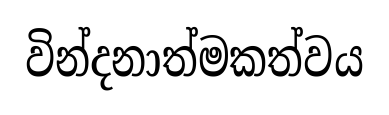
වින්දනාත්මකත්වය